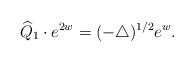
\begin{align*}\widehat{Q}_1\cdot e^{2w}=(-\triangle)^{1/2}e^w.\end{align*}